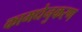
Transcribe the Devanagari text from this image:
कामधेनुकरण